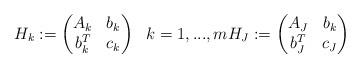
LaTeX: \begin{align*}H_k:=\begin{pmatrix}A_k&b_k\\b_k^T&c_k\end{pmatrix}\ \ k=1,...,mH_J:=\begin{pmatrix}A_J&b_k\\b_J^T&c_J\end{pmatrix}\end{align*}